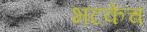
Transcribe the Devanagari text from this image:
भटकेच